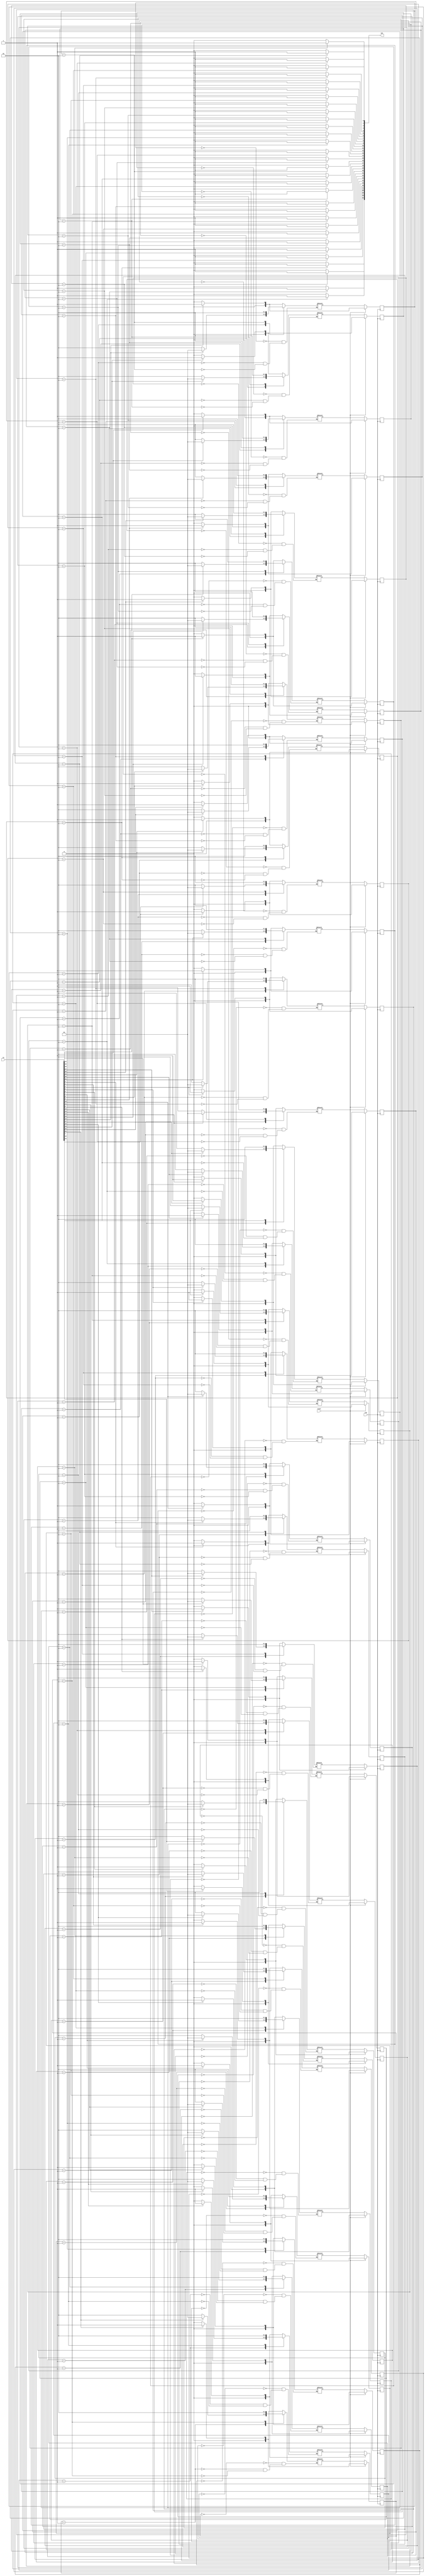
module top_module (
    input clk,
    input reset,
    input [31:0] in,
    output [31:0] out
);
    
    localparam A = 2'b0, B = 2'b01, C = 2'b10;
    
    reg [1:0] current_state [31:0];
    reg [1:0] next_state [31:0];
    integer i,j;
    
    always @(*) begin 
        for (i = 0; i < 32; i = i + 1) begin
            case (current_state[i])
                A: next_state[i] <= (in[i])?B:A;
                B: next_state[i] <= (in[i])?B:C;
                C: next_state[i] <= C;
            endcase
            out[i] <= (current_state[i] == C)?1'b1:1'b0;
        end
    end
    
    always @(posedge clk) begin
        if (reset) begin
            for (j = 0 ; j < 32 ; j = j + 1) begin
                current_state[j] <= (in[j])?B:A;
            end
        end
        else begin
            for (j = 0 ; j < 32 ; j = j + 1) begin
                current_state[j] <= next_state[j];
            end
        end
    end
    
   
    

endmodule